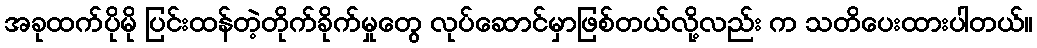
အခုထက်ပိုမို ပြင်းထန်တဲ့တိုက်ခိုက်မှုတွေ လုပ်ဆောင်မှာဖြစ်တယ်လို့လည်း က သတိပေးထားပါတယ်။